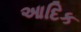
આદિક